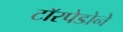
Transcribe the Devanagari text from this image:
टॉरपेडोने